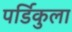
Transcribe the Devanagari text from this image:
पर्डिकुला